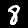
Digit: 8